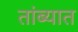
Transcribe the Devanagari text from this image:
तांब्यात